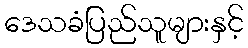
ဒေသခံပြည်သူများနှင့်